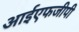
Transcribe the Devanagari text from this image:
आईएफजीपी